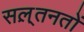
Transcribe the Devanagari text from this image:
सल़्तनतों